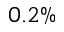
0 . 2 \%